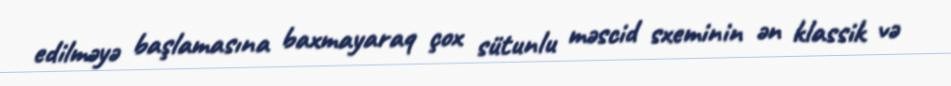
edilməyə başlamasına baxmayaraq çox sütunlu məscid sxeminin ən klassik və